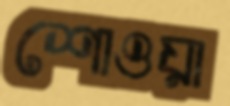
শোওয়া